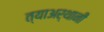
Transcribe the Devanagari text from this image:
त्याअर्थानी